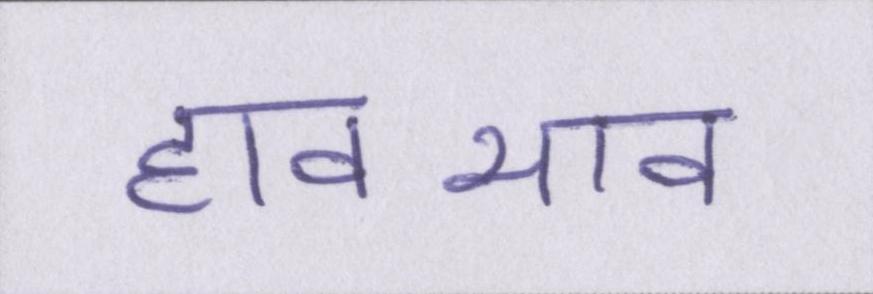
हावभाव